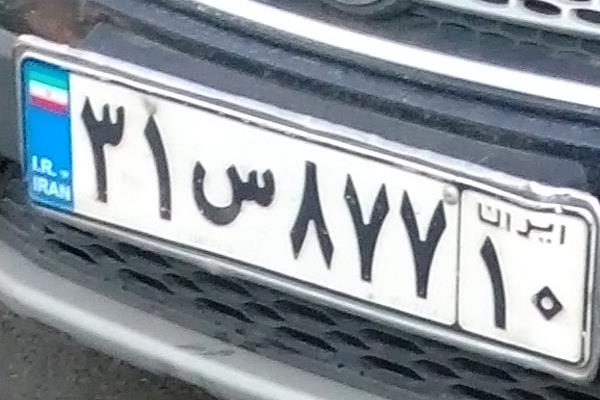
۳۱س۸۷۷۱۰